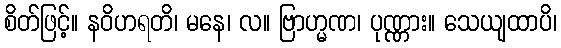
စိတ်ဖြင့်။ နဝိဟရတိ၊ မနေ၊ လ။ ဗြာဟ္မဏ၊ ပုဏ္ဏား။ သေယျထာပိ၊